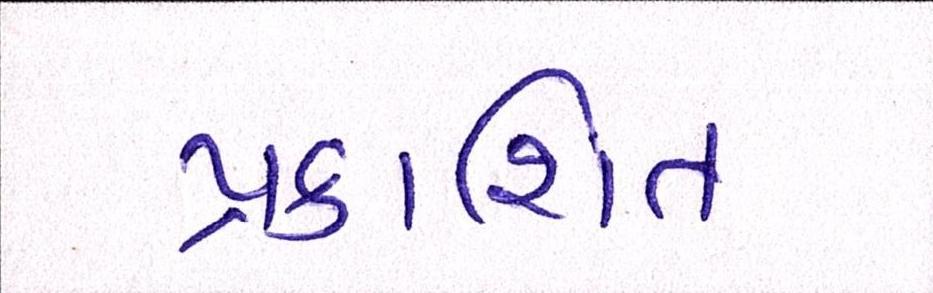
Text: પ્રકાશિત